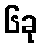
၆ခု